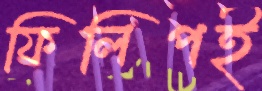
ফিলিপই